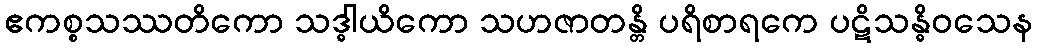
ဧကစ္စသဿတိကော သဒ္ဓါယိကော သဟဇာတန္တိ ပရိစာရကေ ပဋိသန္ဓိဝသေန